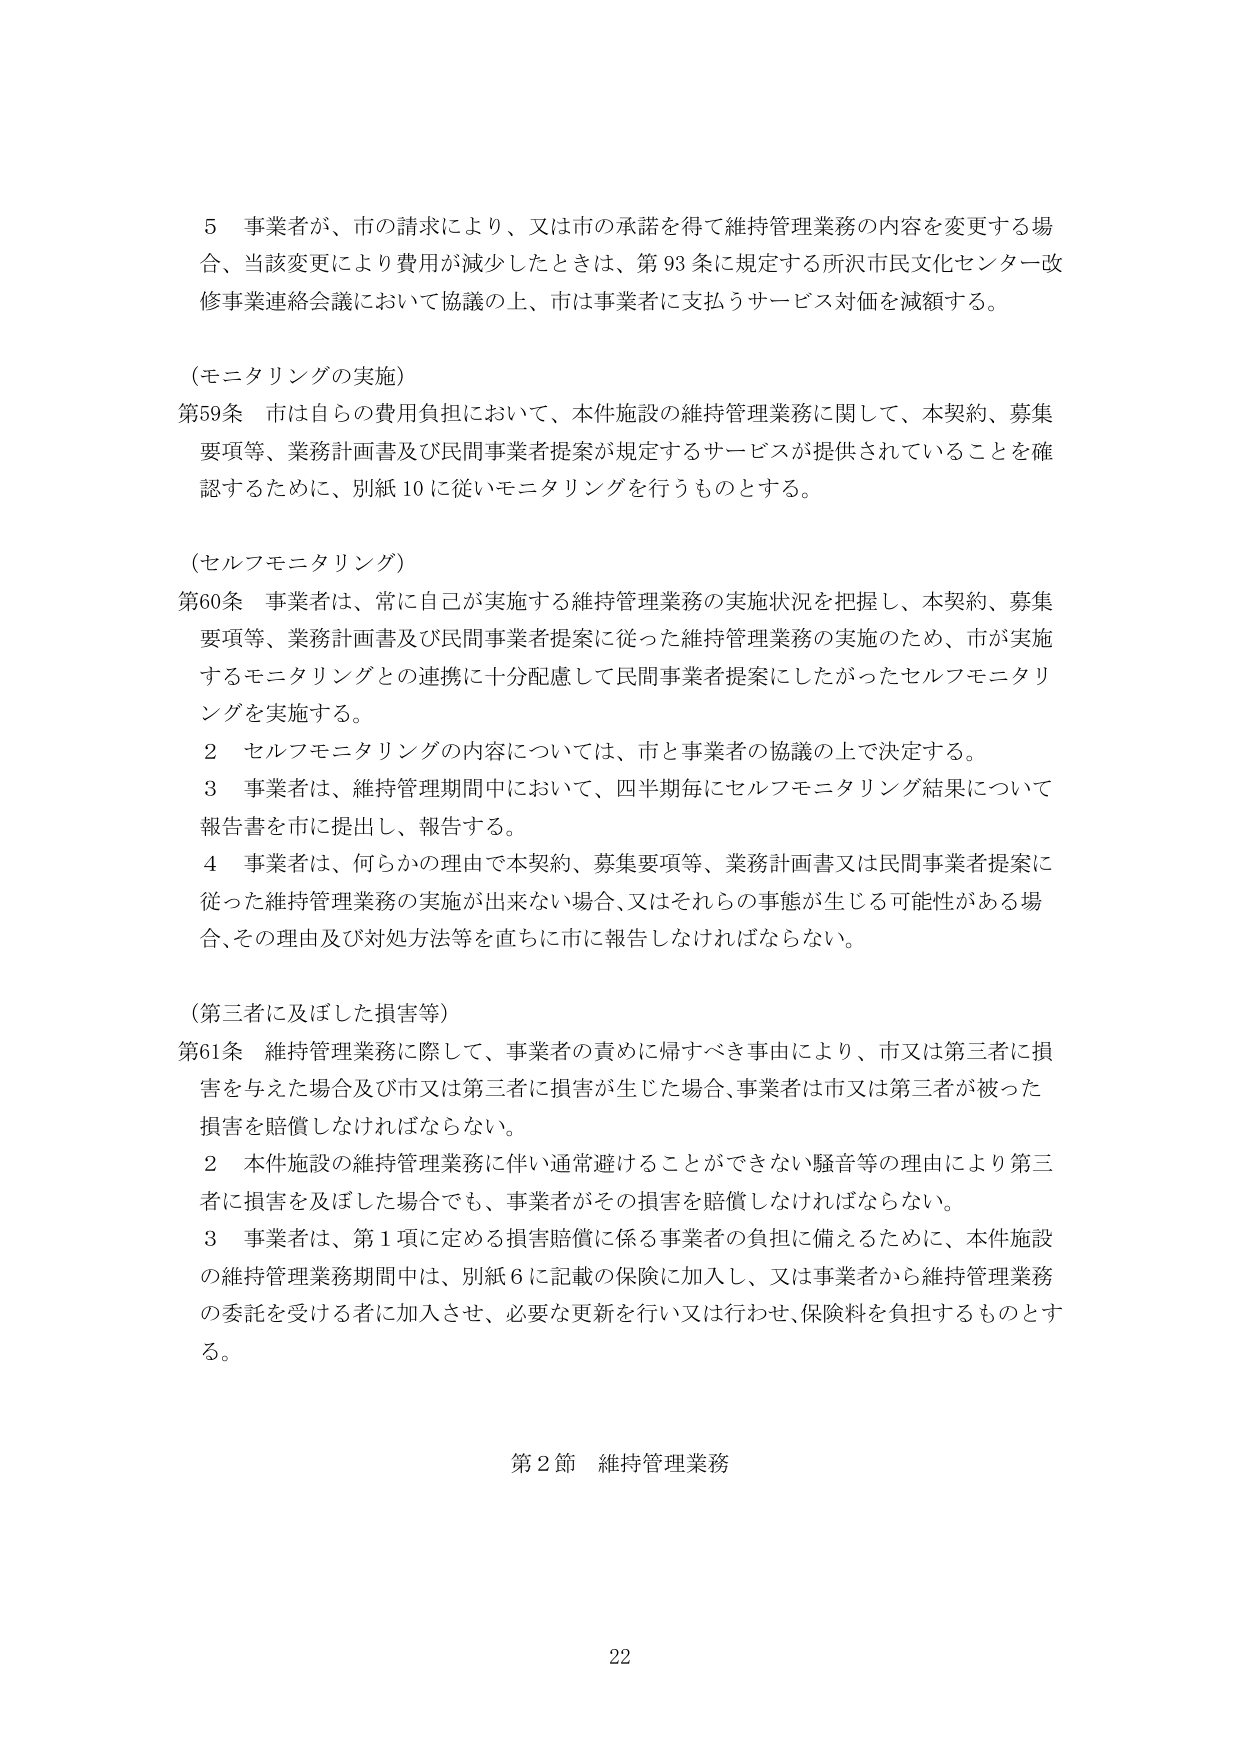
5 事業者が、市の請求により、又は市の承諾を得て維持管理業務の内容を変更する場合、当該変更により費用が減少したときは、第93条に規定する所沢市民文化センター改修事業連絡会議において協議の上、市は事業者に支払うサービス対価を減額する。

（モニタリングの実施）
第59条 市は自らの費用負担において、本件施設の維持管理業務に関して、本契約、募集要項等、業務計画書及び民間事業者提案が規定するサービスが提供されていることを確認するために、別紙10に従いモニタリングを行うものとする。

（セルフモニタリング）
第60条 事業者は、常に自己が実施する維持管理業務の実施状況を把握し、本契約、募集要項等、業務計画書及び民間事業者提案に従った維持管理業務の実施のため、市が実施するモニタリングとの連携に十分配慮して民間事業者提案にしたがったセルフモニタリングを実施する。
2 セルフモニタリングの内容については、市と事業者の協議の上で決定する。
3 事業者は、維持管理期間中において、四半期毎にセルフモニタリング結果について報告書を市に提出し、報告する。
4 事業者は、何らかの理由で本契約、募集要項等、業務計画書又は民間事業者提案に従った維持管理業務の実施が出来ない場合、又はそれらの事態が生じる可能性がある場合、その理由及び対処方法等を直ちに市に報告しなければならない。

（第三者に及ぼした損害等）
第61条 維持管理業務に際して、事業者の責めに帰すべき事由により、市又は第三者に損害を与えた場合及び市又は第三者に損害が生じた場合、事業者は市又は第三者が被った損害を賠償しなければならない。
2 本件施設の維持管理業務に伴い通常避けることができない騒音等の理由により第三者に損害を及ぼした場合でも、事業者がその損害を賠償しなければならない。
3 事業者は、第1項に定める損害賠償に係る事業者の負担に備えるために、本件施設の維持管理業務期間中は、別紙6に記載の保険に加入し、又は事業者から維持管理業務の委託を受ける者に加入させ、必要な更新を行い又は行わせ、保険料を負担するものとする。

第2節 維持管理業務

22